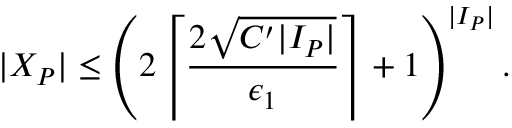
| X _ { P } | \leq \left( 2 \left\lceil \frac { 2 \sqrt { C ^ { \prime } | I _ { P } | } } { \epsilon _ { 1 } } \right\rceil + 1 \right) ^ { | I _ { P } | } .